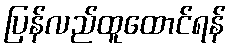
ပြန်လည်ထူထောင်ရန်